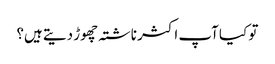
تو کیا آپ اکثر ناشتہ چھوڑ دیتے ہیں؟